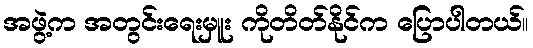
အဖွဲ့က အတွင်းရေးမှူး ကိုတိတ်နိုင်က ပြောပါတယ်။